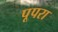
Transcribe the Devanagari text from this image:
पूपरा